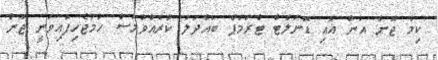
ކިމް ޖޮން އުން އާއި ޑޮނަލްޓް ޓްރަމްޕް ބައްދަލު ކުރެއްވުމަސް ހަމަޖެހިފައިވަނީ ޖޫން